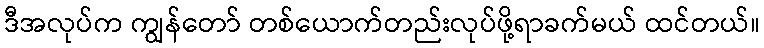
ဒီအလုပ်က ကျွန်တော် တစ်ယောက်တည်းလုပ်ဖို့ရာခက်မယ် ထင်တယ်။